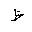
Letter: _za